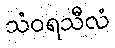
သံဝရသီလံ